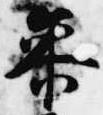
参